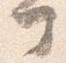
部